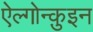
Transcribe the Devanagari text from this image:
ऐल्गोन्क़ुइन